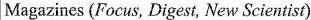
Magazines (Focus, Digest, New Scientist)